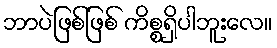
ဘာပဲဖြစ်ဖြစ် ကိစ္စရှိပါဘူးလေ။